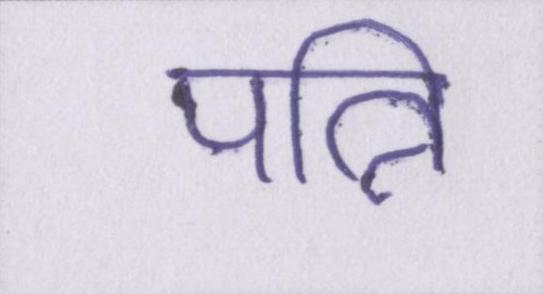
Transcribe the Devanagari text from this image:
पत्नि